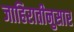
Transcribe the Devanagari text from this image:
जाहिरातीनुसार